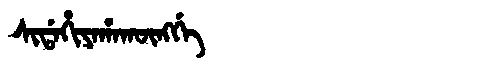
Manchu: ᠰᡳᡩᠠᡥᡳᠶᠠᡥᠠᡴᡡᠩᡤᡝ
Romanization: SIDAHIYAHAKŪNGGE